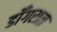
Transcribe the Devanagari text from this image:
डोँगराळ